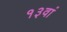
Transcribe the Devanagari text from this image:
१३वां